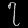
Digit: ၇